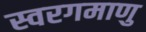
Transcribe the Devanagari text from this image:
स्वरगमाणु